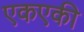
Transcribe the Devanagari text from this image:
एकएकी